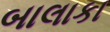
બાલાકા